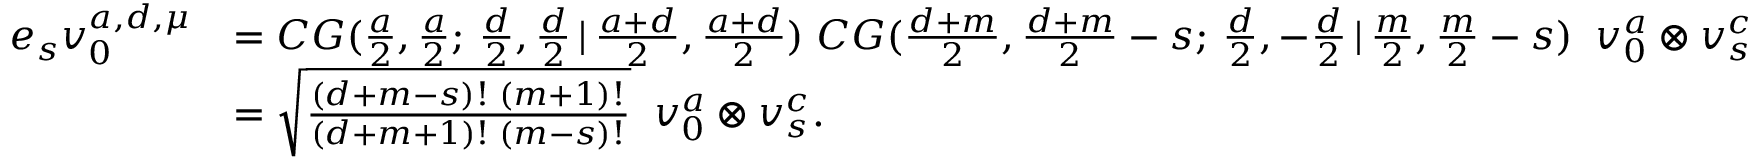
\begin{array} { r l } { e _ { s } v _ { 0 } ^ { a , d , \mu } } & { = C G ( \frac { a } { 2 } , \frac { a } { 2 } ; \, \frac { d } { 2 } , \frac { d } { 2 } \, | \, \frac { a + d } { 2 } , \frac { a + d } { 2 } ) \; C G ( \frac { d + m } { 2 } , \frac { d + m } { 2 } - s ; \, \frac { d } { 2 } , - \frac { d } { 2 } \, | \, \frac { m } { 2 } , \frac { m } { 2 } - s ) \; \; v _ { 0 } ^ { a } \otimes v _ { s } ^ { c } } \\ & { = \sqrt { \frac { ( d + m - s ) ! \; ( m + 1 ) ! } { ( d + m + 1 ) ! \; ( m - s ) ! } } \; \; v _ { 0 } ^ { a } \otimes v _ { s } ^ { c } . } \end{array}